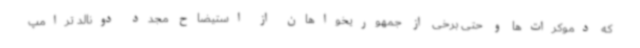
که دموکرات‌ها و حتی برخی از جمهوریخواهان از استیضاح مجدد دونالد ترامپ